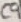
Text: C9